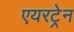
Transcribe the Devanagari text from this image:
एयरट्रेन